Indian journal of veterinary science and animal husbandry - Volume 4,
Year: 1934
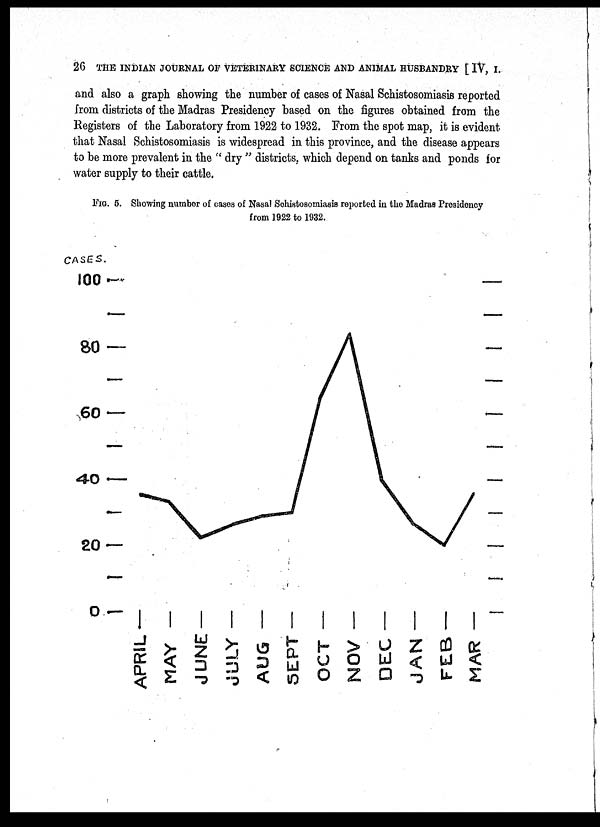
26 THE INDIAN JOURNAL OF VETERINARY SCIENCE AND ANIMAL HUSBANDRY [ IV, I.
and also a graph showing the number of cases of Nasal Schistosomiasis reported
from districts of the Madras Presidency based on the figures obtained from the
Registers of the Laboratory from 1922 to 1932. From the spot map, it is evident
that Nasal Schistosomiasis is widespread in this province, and the disease appears
to be more prevalent in the " dry " districts, which depend on tanks and ponds for
water supply to their cattle,
FIG. 5. Showing number of cases of Nasal Schistosomiasis reported in the Madras Presidency
from 1922 to 1932.